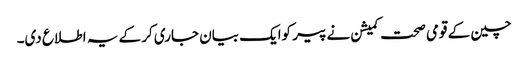
چین کے قومی صحت کمیشن نے پیر کوایک بیان جاری کر کے یہ اطلاع دی۔